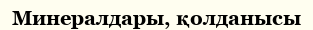
Минералдары, қолданысы